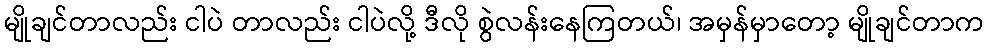
မျိုချင်တာလည်း ငါပဲ တာလည်း ငါပဲလို့ ဒီလို စွဲလန်းနေကြတယ်၊ အမှန်မှာတော့ မျိုချင်တာက